Vaccination in Burma 1920-1933 - 1920-1933
Year: 1920
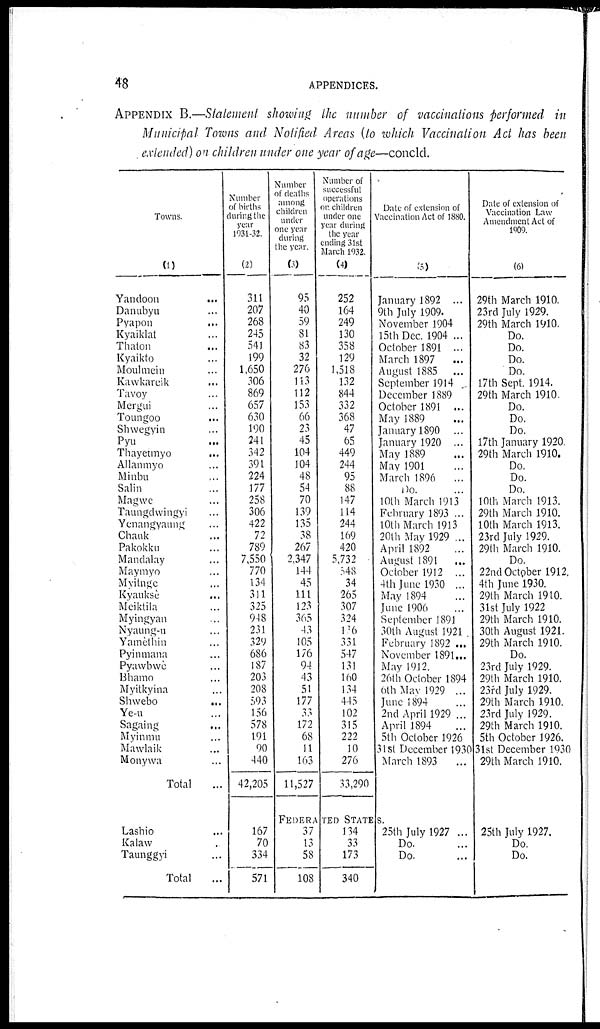
48
APPENDICES.
APPENDIX B.—Statement showing the number of vaccinations performed in
Municipal Towns and Notified Areas (to which Vaccination Act has been
extended) on children under one year of age—concld.
Towns.
(1)
Yandoon ...
Danubyu ...
Pyapon
...
Kyaiklat ...
Thaton ...
Kyaikto ...
Moulmein ...
Kawkarcik ...
Tavoy ...
Mergui ...
Toungoo ...
Shwegyin ...
Pyu ...
Thayetmyo ...
Allanmyo ...
Minbu ...
Salin ...
Magwe ...
Taungdwingyi ...
Yenangyaung ...
Chauk ...
Pakokku ...
Mandalay ...
Maymyo ...
Mvitnge ...
Kyauksè ...
Meiktila ...
Myingyan ...
Nyaung-u ...
Yamèthin ...
Pyinmana ...
Pyawbwe ...
Bhamo ...
Myitkyina ...
Shwebo ...
Ye-u ...
Sagaing ...
Myinmu ...
Mawlaik ...
Monywa ...
Total ...
Lashio ...
Kalaw ...
Taunggyi ...
Total
...
Number
of births
during the
year
1931-32.
(2)
311
207
268
245
541
199
1,650
306
869
657
630
190
241
342
391
224
177
258
306
422
72
789
7,550
770
134
311
325
948
231
329
686
187
203
208
5,93
156
578
191
90
440
42,205
Number
of deaths
among
children
under
one year
during
the year
(3)
95
40
59
81
83
32
276
113
112
153
66
23
45
104
104
48
54
70
139
135
38
267
2,347
144
45
111
123
365
43
105
176
94
43
51
177
33
172
68
11
163
11,527
Number of
successful
operations
or children
under one
year during
the year
ending 31st
March 1932.
(4)
252
164
249
130
358
129
1,518
132
844
332
368
47
65
449
244
95
88
147
114
244
169
420
5,732
648
34
265
307
324
106
331
547
131
160
134
445
102
315
222
10
276
33,290
Date of extension of
Vaccination Act of 1880.
(5)
January 1892 ...
9th July 1909.
November 1904
15th Dec. 1904 ...
October 1891 ...
March 1897
...
August 1885 ...
September 1914
December 1889
October 1891 ...
May 1889
January 1890 ...
January 1920 ...
May 1889
May 1901
March 1896
...
Do. ...
10th March 1913
February 1893 ...
10th March 1913
20th May 1929 ...
April 1892 ...
August 1891
...
October 1912 ...
4th June 1930 ...
May 1894
June 1906
September 1891
30th August 1921 .
February 1892 ...
November 1891...
May 1912.
26th October 1894
6th May 1929 ...
June 1894
2nd April 1929 ...
April 1894 ...
5th October 1926
31st December 1930
March 1893 ...
FEDERATED STATES.
167
70
334
571
37
13
58
108
134
33
173
340
25th July 1927 ...
Do.
Do.
Date of extension of
Vaccination Law
Amendment Act of
1909.
(6)
29th March 1910.
23rd July 1929.
29th March 1910.
Do.
Do.
Do.
Do.
17th Sept. 1914.
29th March 1910
Do.
Do.
Do.
17th January 1920
29th March 1910.
Do.
Do.
Do.
10th March 1913.
29th March 1910.
10th March 1913.
23rd July 1929.
29th March 1910.
Do.
22nd October 1912.
4th June 1930.
29th March 1910.
31st July 1922
29th March 1910.
30th August 1921.
29th March 1910.
Do.
23rd July 1929.
29th March 1910.
23rd July 1929.
29th March 1910.
23rd July 1929.
29th March 1910.
5th October 1926.
31st December 1930
29th March 1910.
25th July 1927.
Do.
Do.